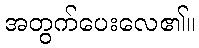
အတွက်ပေးလေ၏။